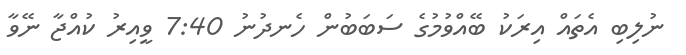
ނުލިބި އެތައް އިރަކު ބޭއްވުމުގެ ސަބަބުން ހެނދުނު 7:40 ވީއިރު ކުއްޖާ ނޭވާ